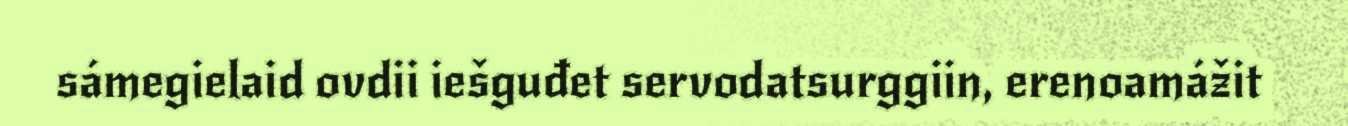
sámegielaid ovdii iešguđet servodatsurggiin, erenoamážit